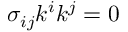
\sigma _ { i j } k ^ { i } k ^ { j } = 0